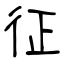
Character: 征